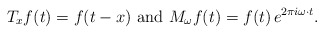
\begin{align*}T_x f(t) = f(t-x)\textnormal{ and } M_\omega f(t) = f(t) \, e^{2 \pi i \omega \cdot t}.\end{align*}